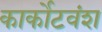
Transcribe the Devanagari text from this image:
कार्कोटवंश